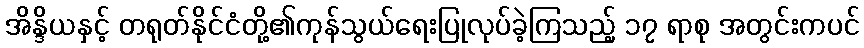
အိန္ဒိယနှင့် တရုတ်နိုင်ငံတို့၏ကုန်သွယ်ရေးပြုလုပ်ခဲ့ကြသည့် ၁၇ ရာစု အတွင်းကပင်